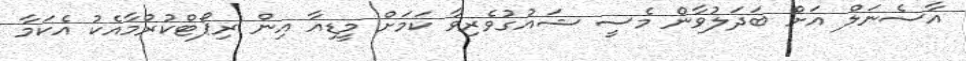
އާސެނަލް އަށް ބަދަލުވާން މެސީ ޝައުގުވެރިވާ ކަމަށް މީޑިއާ އިން ރިޕޯޓްކުރުމާއެކު އެކަމާ